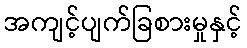
အကျင့်ပျက်ခြစားမှုနှင့်